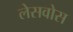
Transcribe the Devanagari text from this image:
लेसवोस